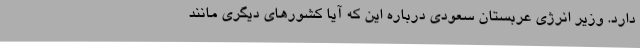
دارد. وزیر انرژی عربستان سعودی درباره این که آیا کشورهای دیگری مانند